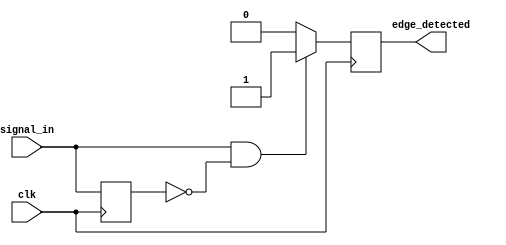
module edge_detector (
    input wire clk,               // Input signal to detect edges
    input wire signal_in,         // Signal for which the rising edge is detected
    output reg edge_detected      // Output pulse for detected edge
);

    reg prev_signal;              // Register to store the previous state of signal_in

    // D Flip-Flop to sample the input signal on the rising edge of the clock
    always @(posedge clk) begin
        prev_signal <= signal_in; // Capture the current state of signal_in
    end

    // Edge detection logic
    always @(posedge clk) begin
        // Generate a pulse when a rising edge is detected
        if (signal_in == 1'b1 && prev_signal == 1'b0) begin
            edge_detected <= 1'b1; // Set the output high for one clock cycle
        end else begin
            edge_detected <= 1'b0; // Reset the output
        end
    end

endmodule